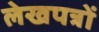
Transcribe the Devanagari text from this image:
लेखपत्रों